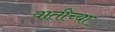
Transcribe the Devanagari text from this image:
वातीच्या